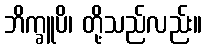
ဘိက္ခူပိ၊ တို့သည်လည်း။